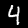
Digit: 4